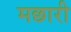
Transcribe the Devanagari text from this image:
मछारी